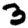
Digit: 3